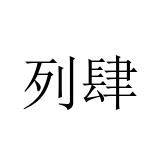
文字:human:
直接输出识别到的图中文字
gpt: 列肆